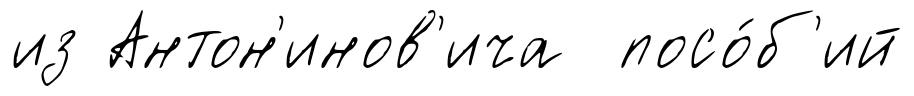
из Антон'инов'ича посо́б'ий